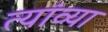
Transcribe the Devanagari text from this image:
त्यांव्या